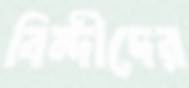
বিন্দীদের